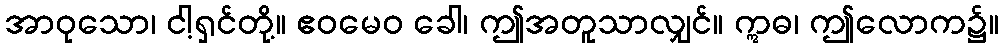
အာဝုသော၊ ငါ့ရှင်တို့။ ဧဝမေဝ ခေါ၊ ဤအတူသာလျှင်။ ဣဓ၊ ဤလောက၌။